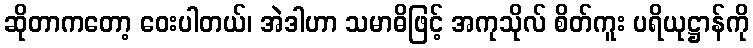
ဆိုတာကတော့ ဝေးပါတယ်၊ အဲဒါဟာ သမာဓိဖြင့် အကုသိုလ် စိတ်ကူး ပရိယုဋ္ဌာန်ကို